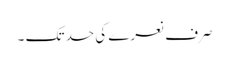
صرف نعرے کی حد تک ۔